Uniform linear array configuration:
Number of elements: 16
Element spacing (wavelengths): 0.5
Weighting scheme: cosine
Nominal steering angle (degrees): -15
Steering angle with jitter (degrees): -13.625
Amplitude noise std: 0.05
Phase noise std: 0.05

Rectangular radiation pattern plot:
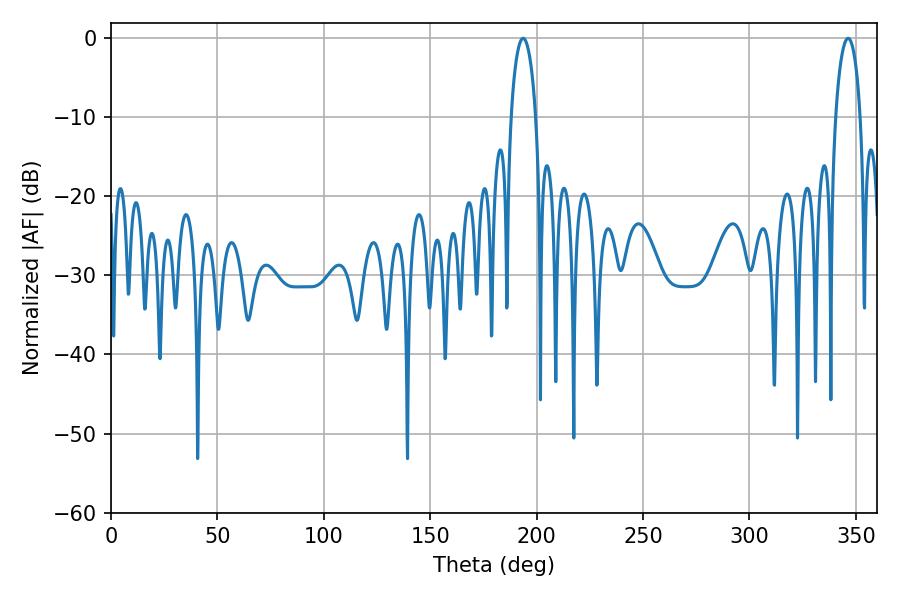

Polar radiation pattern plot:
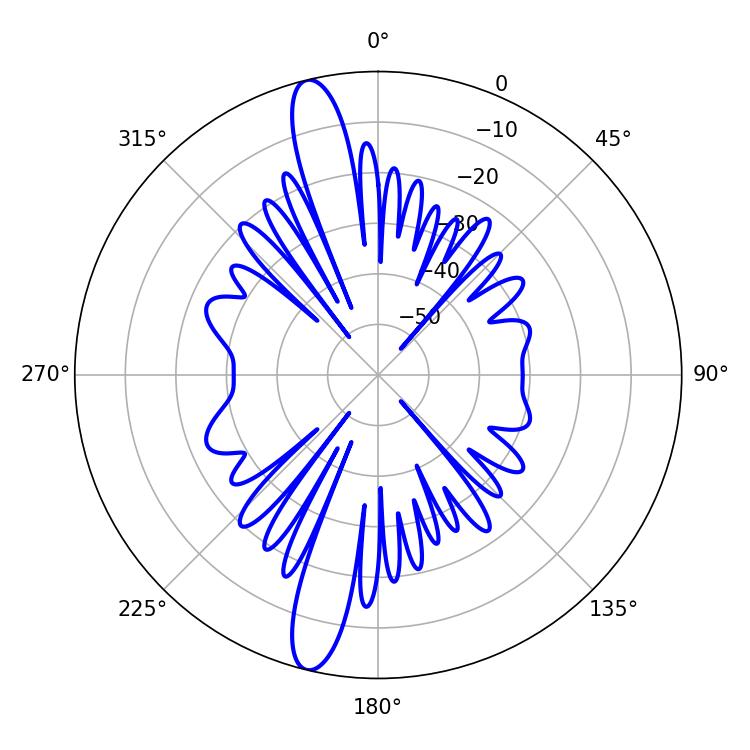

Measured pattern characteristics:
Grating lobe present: FALSE
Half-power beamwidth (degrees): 6.66
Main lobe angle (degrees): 193.68